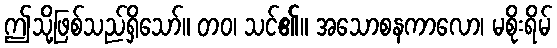
ဤသို့ဖြစ်သည်ရှိသော်။ တဝ၊ သင်၏။ အသောစနကာလော၊ မစိုးရိမ်